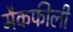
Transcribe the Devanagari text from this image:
मैकफीली